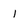
Character: 1